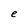
Character: e